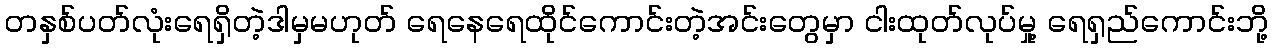
တနှစ်ပတ်လုံးရေရှိတဲ့ဒါမှမဟုတ် ရေနေရေထိုင်ကောင်းတဲ့အင်းတွေမှာ ငါးထုတ်လုပ်မှု့ ရေရှည်ကောင်းဘို့